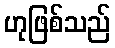
ဟုဖြစ်သည်